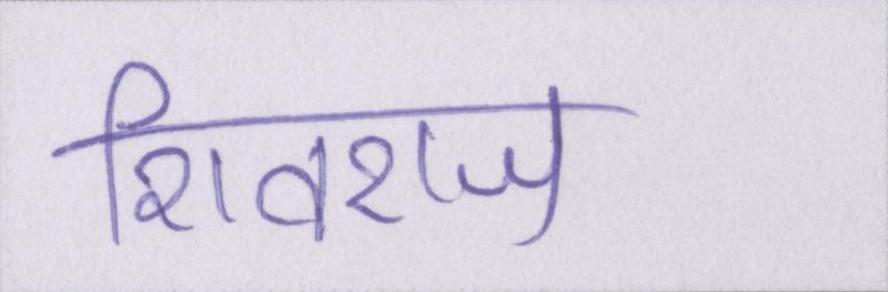
शिवराज